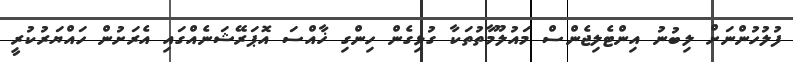
ފުލުހުންނަށް ލިބުނު އިންޓެލިޖެންސް މައުލޫމާތުތަކާ ގުޅިގެން ހިންގި ޚާއްސަ އޮޕަރޭޝަނެއްގައި އެރަށުން ހައްޔަރުކުރީ